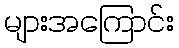
များအကြောင်း